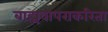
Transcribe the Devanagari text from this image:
बाह्यवापराकरिता